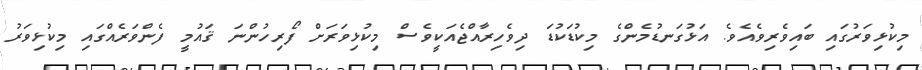
މިކުޅިވަރުގައި ބައިވެރިވެއެވެ. އަޅުގަނޑުމެންގެ މިކުޑަކުޑަ ދިވެހިރާއްޖެއަކީވެސް މިކުޅިވަރަށް ފޯރިހުންނަ ޤައުމީ ފެންވަރެއްގައި މިކުޅިވަރު